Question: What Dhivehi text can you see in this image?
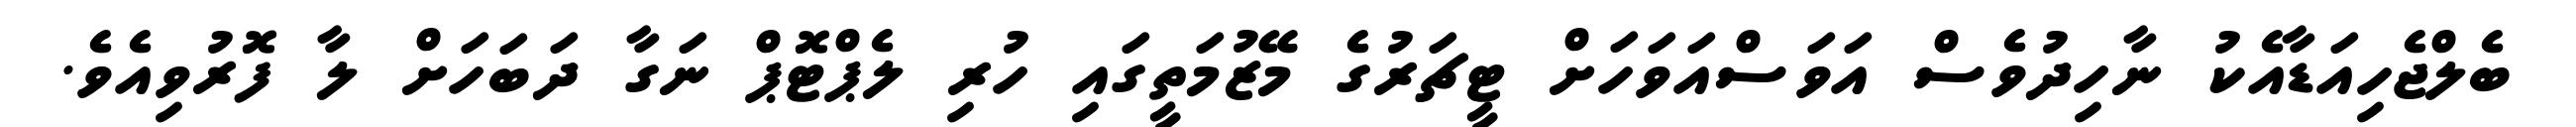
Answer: ބެލްޖެހިއަޑާއެކު ނާހިދުވެސް އަވަސްއަވަހަށް ޓީޗަރުގެ މޭޒުމަތީގައި ހުރި ލެޕްޓޮޕް ނަގާ ދަބަހަށް ލާ ފޮރުވިއެވެ.